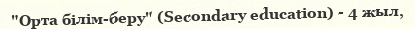
"Орта білім-беру" (Secondary education) - 4 жыл,